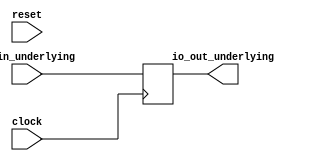
module SimpleCaseClassModule( // @[:@3.2]
  input        clock, // @[:@4.4]
  input        reset, // @[:@5.4]
  input  [4:0] io_in_underlying, // @[:@6.4]
  output [4:0] io_out_underlying // @[:@6.4]
);
`ifdef RANDOMIZE_REG_INIT
  reg [31:0] _RAND_0;
`endif // RANDOMIZE_REG_INIT
  reg [4:0] register1_underlying; // @[CaseClassBundleSpec.scala 27:22:@11.4]
  assign io_out_underlying = register1_underlying;
  always @(posedge clock) begin
    register1_underlying <= io_in_underlying;
  end
// Register and memory initialization
`ifdef RANDOMIZE_GARBAGE_ASSIGN
`define RANDOMIZE
`endif
`ifdef RANDOMIZE_INVALID_ASSIGN
`define RANDOMIZE
`endif
`ifdef RANDOMIZE_REG_INIT
`define RANDOMIZE
`endif
`ifdef RANDOMIZE_MEM_INIT
`define RANDOMIZE
`endif
`ifndef RANDOM
`define RANDOM $random
`endif
`ifdef RANDOMIZE_MEM_INIT
  integer initvar;
`endif
`ifndef SYNTHESIS
`ifdef FIRRTL_BEFORE_INITIAL
`FIRRTL_BEFORE_INITIAL
`endif
initial begin
  `ifdef RANDOMIZE
    `ifdef INIT_RANDOM
      `INIT_RANDOM
    `endif
    `ifndef VERILATOR
      `ifdef RANDOMIZE_DELAY
        #`RANDOMIZE_DELAY begin end
      `else
        #0.002 begin end
      `endif
    `endif
`ifdef RANDOMIZE_REG_INIT
  _RAND_0 = {1{`RANDOM}};
  register1_underlying = _RAND_0[4:0];
`endif // RANDOMIZE_REG_INIT
  `endif // RANDOMIZE
end // initial
`ifdef FIRRTL_AFTER_INITIAL
`FIRRTL_AFTER_INITIAL
`endif
`endif // SYNTHESIS
endmodule